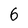
Character: 6